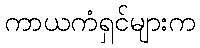
ကာယကံရှင်များက